Proceedings of the meeting of veterinary officers in India
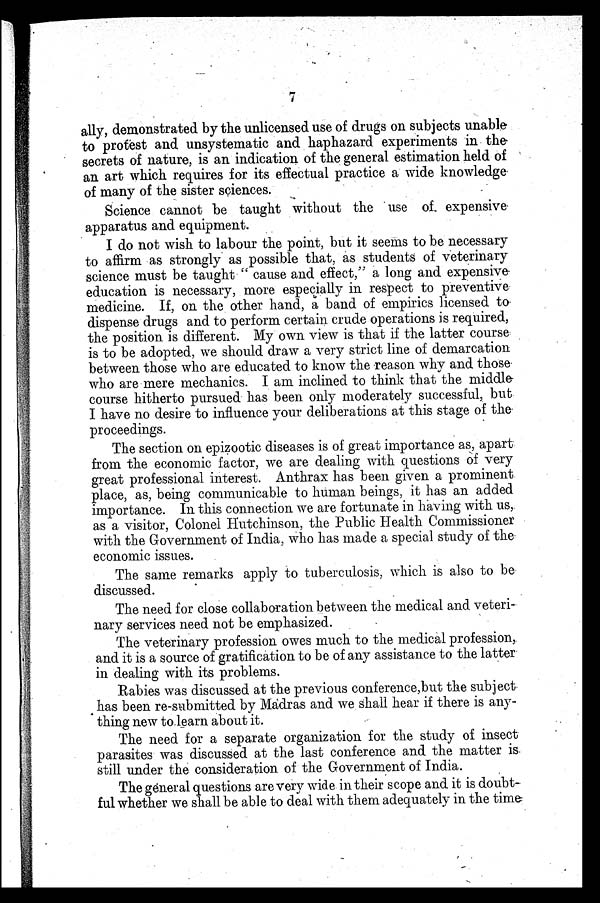
7
ally, demonstrated by the unlicensed use of drugs on subjects unable
to protest and unsystematic and haphazard experiments in the
secrets of nature, is an indication of the general estimation held of
an art which requires for its effectual practice a wide knowledge
of many of the sister sciences.
Science cannot be taught without the use of expensive
apparatus and equipment.
I do not wish to labour the point, but it seems to be necessary
to affirm as strongly as possible that, as students of veterinary
science must be taught "cause and effect," a long and expensive
education is necessary, more especially in respect to preventive
medicine. If, on the other hand, a band of empirics licensed to
dispense drugs and to perform certain crude operations is required,
the position is different. My own view is that if the latter course
is to be adopted, we should draw a very strict line of demarcation
between those who are educated to know the reason why and those
who are mere mechanics. I am inclined to think that the middle
course hitherto pursued has been only moderately successful, but
I have no desire to influence your deliberations at this stage of the
proceedings.
The section on epizootic diseases is of great importance as, apart
from the economic factor, we are dealing with questions of very
great professional interest. Anthrax has been given a prominent
place, as, being communicable to human beings, it has an added
importance. In this connection we are fortunate in having with us,
as a visitor, Colonel Hutchinson, the Public Health Commissioner
with the Government of India, who has made a special study of the
economic issues.
The same remarks apply to tuberculosis, which is also to be
discussed.
The need for close collaboration between the medical and veteri-
nary services need not be emphasized.
The veterinary profession owes much to the medical profession,
and it is a source of gratification to be of any assistance to the latter
in dealing with its problems.
Rabies was discussed at the previous conference,but the subject
has been re-submitted by Madras and we shall hear if there is any-
thing new to learn about it.
The need for a separate organization for the study of insect
parasites was discussed at the last conference and the matter is.
still under the consideration of the Government of India.
The general questions are very wide in their scope and it is doubt-
ful whether we shall be able to deal with them adequately in the time